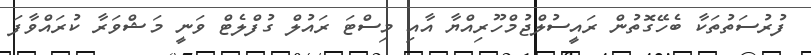
ފުރުސަތުތަކާ ބެހޭގޮތުން ރައީސުލްޖުމްހޫރިއްޔާ އާއި މިސްޓަ ރައުލް ގުފްލެޓް ވަނީ މަޝްވަރާ ކުރައްވާފަ